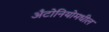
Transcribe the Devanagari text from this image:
अँटोनियोमधील